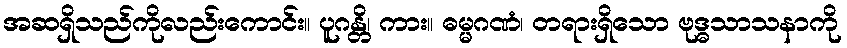
အဆရှိသည်ကိုလည်းကောင်း။ ပူဂန္တိ၊ ကား။ ဓမ္မဂဏံ၊ တရားရှိသော ဗုဒ္ဓသာသနာကို